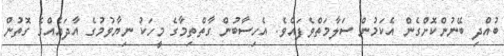
ބުއްދި ބޭނުންކޮށްގެން އެކަމުން ސަލާމަތްވެފައެވެ. އެހިސާބުން ގާތްތިމާގެ މީހަކު ނިޔާވުމުގެ އާދައެއްގެ ގޮތުން